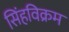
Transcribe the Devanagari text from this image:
सिंहविक्रम